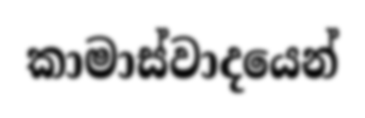
කාමාස්වාදයෙන්